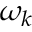
\omega _ { k }